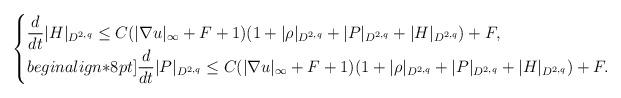
LaTeX: \begin{align*}\begin{cases}\displaystyle\frac{d}{dt}|H|_{D^{2,q}}\leq C(|\nabla u|_\infty+F+1)(1+|\rho|_{D^{2,q}}+|P|_{D^{2,q}}+|H|_{D^{2,q}})+F,\\begin{align*}8pt]\displaystyle\frac{d}{dt}|P|_{D^{2,q}}\leq C(|\nabla u|_\infty+F+1)(1+|\rho|_{D^{2,q}}+|P|_{D^{2,q}}+|H|_{D^{2,q}})+F.\end{cases}\end{align*}